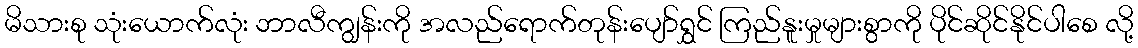
မိသားစု သုံးယောက်လုံး ဘာလီကျွန်းကို အလည်ရောက်တုန်းပျော်ရွှင် ကြည်နူးမှုများစွာကို ပိုင်ဆိုင်နိုင်ပါစေ လို့